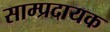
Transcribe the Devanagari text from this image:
साम्प्रदायक